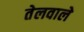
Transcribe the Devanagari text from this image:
तेलवाले